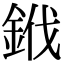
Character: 䤦